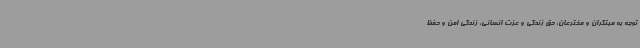
توجه به مبتکران و مخترعان، حق زندگی و عزت انسانی، زندگی امن و حفظ